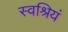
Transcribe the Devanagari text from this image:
स्वश्रियं